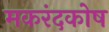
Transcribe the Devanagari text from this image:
मकरंदकोष